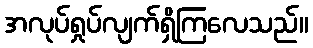
အလုပ်ရှုပ်လျက်ရှိကြလေသည်။